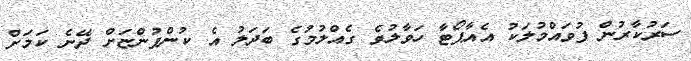
ސަރުކާރުން ފުވައްމުލަކު އެއާޕޯޓާ ހަވާލުވެ ގެއްލުމުގެ ބަދަލު އެ ކުންފުންޏަށް ދޭނެ ކަމަށް